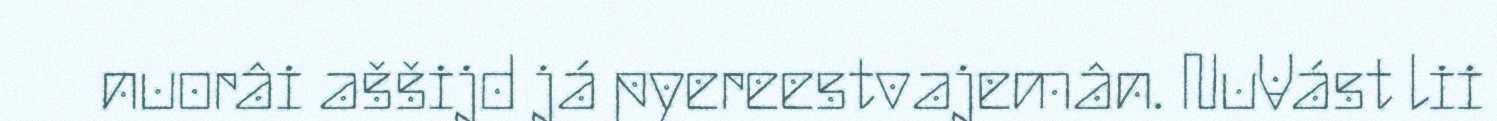
nuorâi aššijd já pyereestvajemân. NuVást lii